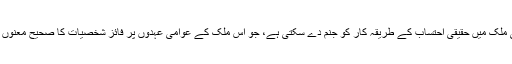
کیا یہ پیش رفت واقعی ملک میں حقیقی احتساب کے طریقہ کار کو جنم دے سکتی ہے، جو اس ملک کے عوامی عہدوں پر فائز شخصیات کا صحیح معنوں میں احستاب کرسکے۔